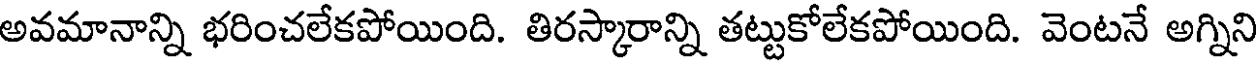
అవమానాన్ని భరించలేకపోయింది. తిరస్కారాన్ని తట్టుకోలేకపోయింది. వెంటనే అగ్నిని